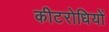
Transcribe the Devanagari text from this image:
कीटरोधियों